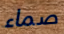
صماء